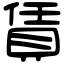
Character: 賃